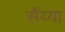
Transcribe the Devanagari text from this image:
सैंय्या